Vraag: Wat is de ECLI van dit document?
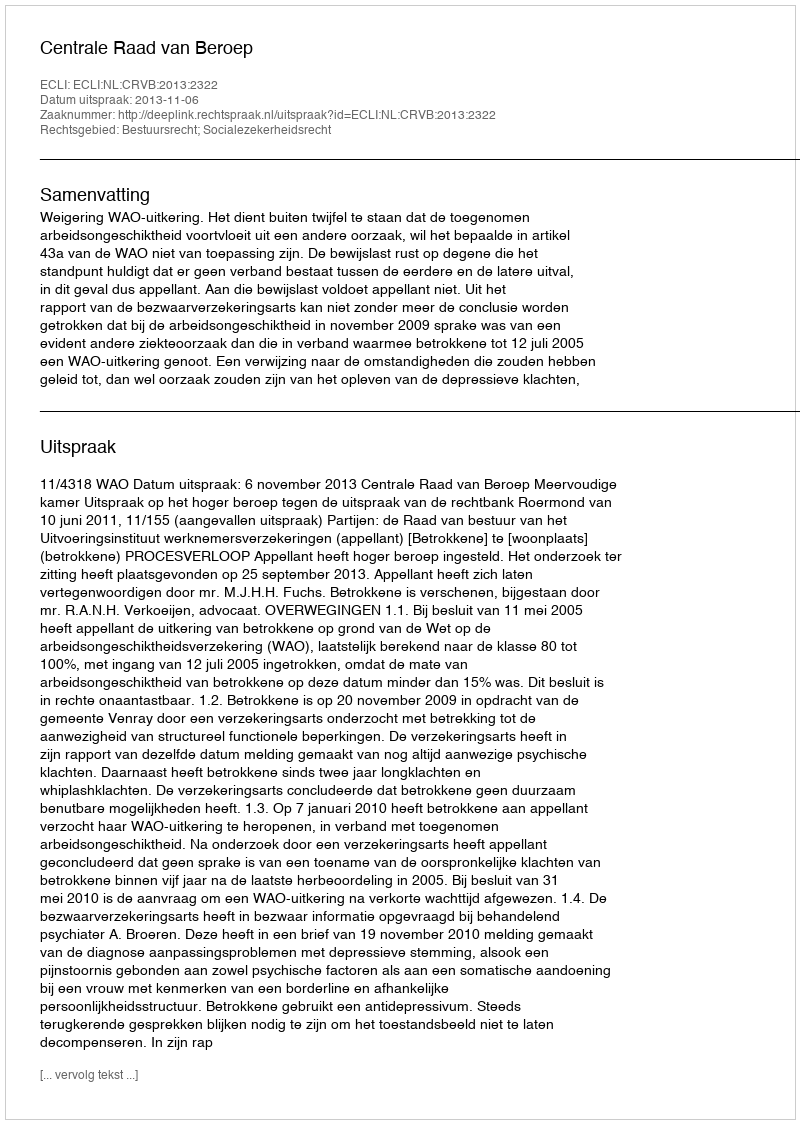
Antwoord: ECLI:NL:CRVB:2013:2322